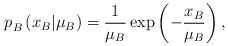
LaTeX: \begin{align*}p_{B}^{}\left( x_{B}|\mu_{B}\right) =\frac{1}{\mu_{B}}\exp\left( -\frac{x_{B}}{\mu_{B}}\right) ,\end{align*}